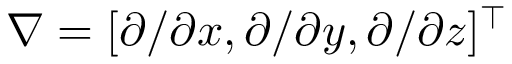
\nabla = [ \partial / \partial x , \partial / \partial y , \partial / \partial z ] ^ { \top }